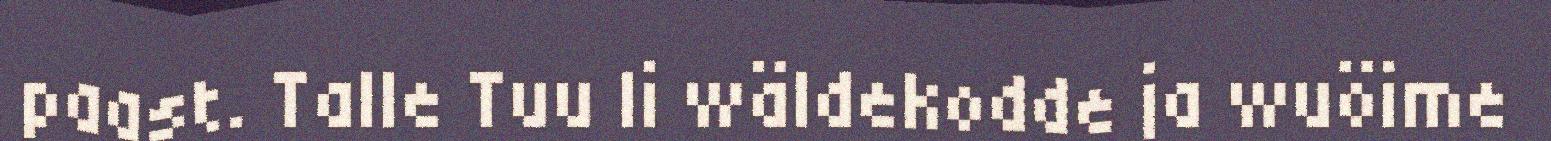
paast. Talle Tuu li wäldekodde ja wuöime